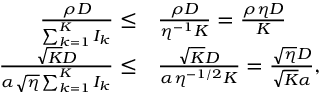
\begin{array} { r l } { \frac { \rho D } { \sum _ { k = 1 } ^ { K } I _ { k } } \leq } & { \frac { \rho D } { \eta ^ { - 1 } K } = \frac { \rho \eta D } { K } } \\ { \frac { \sqrt { K } D } { \alpha \sqrt { \eta } \sum _ { k = 1 } ^ { K } I _ { k } } \leq } & { \frac { \sqrt { K } D } { \alpha \eta ^ { - 1 / 2 } K } = \frac { \sqrt { \eta } D } { \sqrt { K } \alpha } , } \end{array}